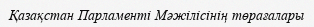
Қазақстан Парламенті Мәжiлiсінің төрағалары